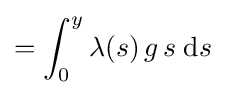
=\int _{0}^{y}\lambda (s)\,g\,s\;\mathrm {d} s